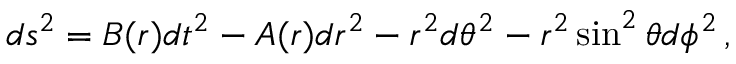
d s ^ { 2 } = B ( r ) d t ^ { 2 } - A ( r ) d r ^ { 2 } - r ^ { 2 } d \theta ^ { 2 } - r ^ { 2 } \sin ^ { 2 } \theta d \phi ^ { 2 } \, ,